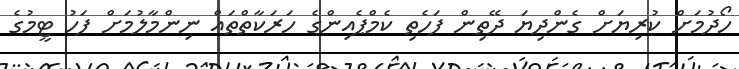
ހޯދުމަށް ކުރިޔަށް ގެންދިޔަ ދޭތިން ފަހެތި ކެމްޕެއިންގެ ހަރަކާތްތައް ނިންމާލުމަށް ފަހު ޓީމުގެ